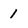
Character: 1